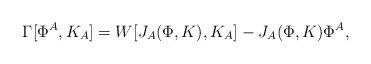
LaTeX: \begin{align*}\Gamma[\Phi^A,K_A]=W[J_A(\Phi,K),K_A]-J_A(\Phi,K)\Phi^A,\end{align*}